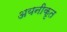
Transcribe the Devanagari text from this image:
अयनीकृत